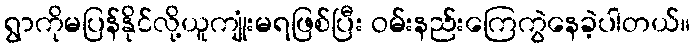
ရွာကိုမပြန်နိုင်လို့ယူကျုံးမရဖြစ်ပြီး ဝမ်းနည်းကြေကွဲနေခဲ့ပါတယ်။